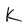
Character: k